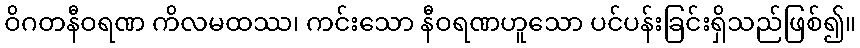
ဝိဂတနီဝရဏ ကိလမထဿ၊ ကင်းသော နီဝရဏဟူသော ပင်ပန်းခြင်းရှိသည်ဖြစ်၍။